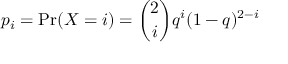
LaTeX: p _ { i } = \mathrm { P r } ( X = i ) = { \binom { 2 } { i } } q ^ { i } ( 1 - q ) ^ { 2 - i }